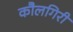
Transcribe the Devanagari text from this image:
कौलगिरी